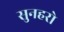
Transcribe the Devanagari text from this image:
सुनहरो